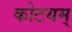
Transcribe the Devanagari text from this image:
कोटयम्